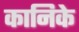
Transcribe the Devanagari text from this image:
कानिके